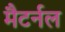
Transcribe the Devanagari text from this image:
मैटर्नल